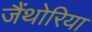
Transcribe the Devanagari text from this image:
जैंथोरिया